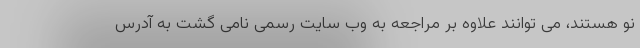
نو هستند، می توانند علاوه بر مراجعه به وب سایت رسمی نامی گشت به آدرس